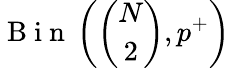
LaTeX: \mathrm{~B~i~n~}\left(\binom{N}{2},p^{+}\right)